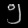
Digit: ၅